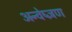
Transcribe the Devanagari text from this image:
अन्वेष्ज्ञण